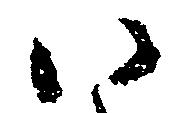
い